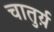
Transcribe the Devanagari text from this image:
चातुर्य़